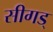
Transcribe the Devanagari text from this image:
सीगड्